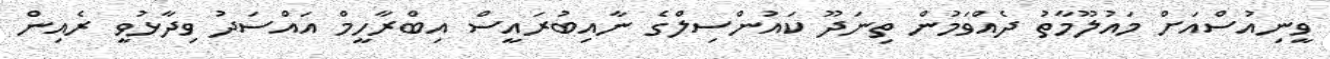
ވީނިއުސްއަށް މައުލޫމާތު ދެއްވަމުން ތިނަދޫ ކައުންސިލްގެ ނާއިބުރައީސް އިބްރާހީމް އައްސަދު ވިދާޅުވީ ރެއިން